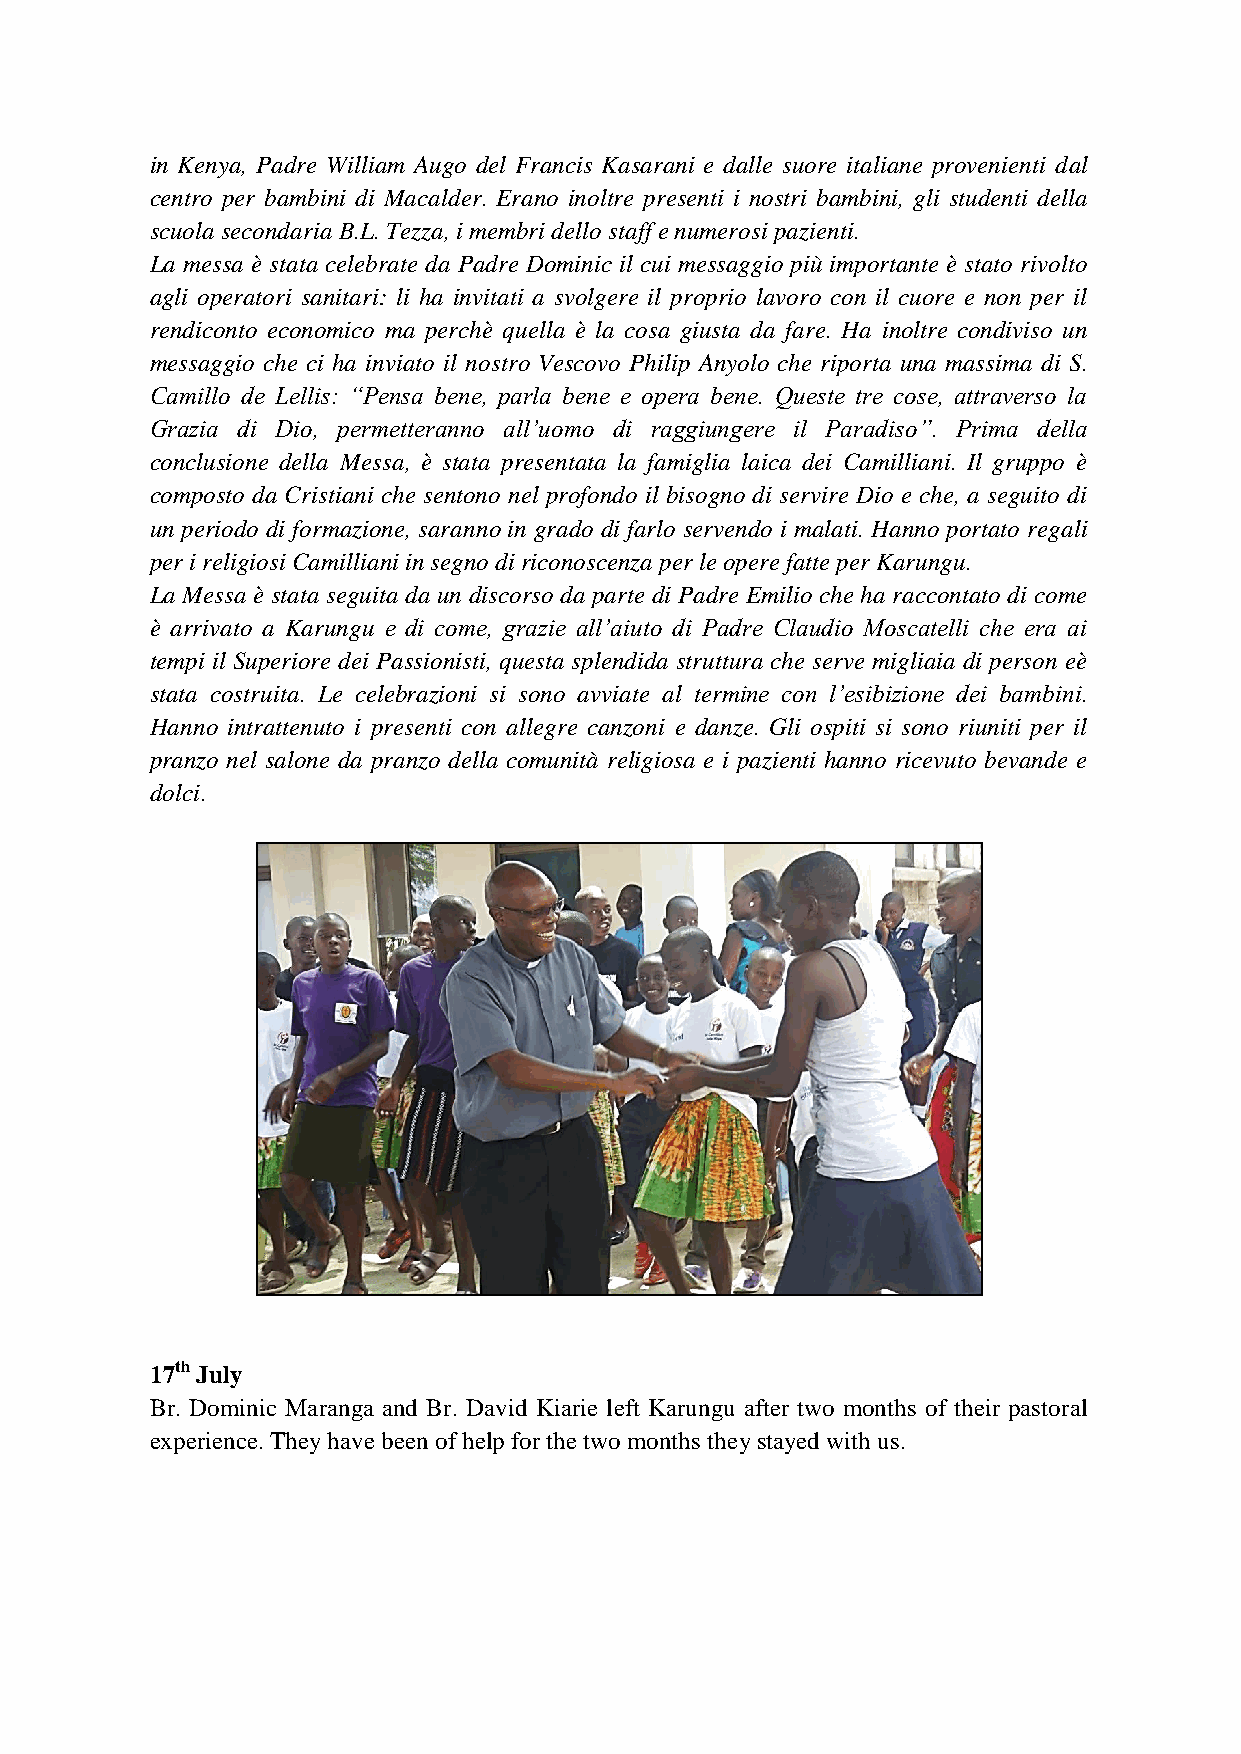
in Kenya, Padre William Augo del Francis Kasarani e dalle suore italiane provenienti dal
 centro per bambini di Macalder. Erano inoltre presenti i nostri bambini, gli studenti della
 scuola secondaria B.L. Tezza, i membri dello staff e numerosi pazienti.
 La messa è stata celebrate da Padre Dominic il cui messaggio più importante è stato rivolto
 agli operatori sanitari: li ha invitati a svolgere il proprio lavoro con il cuore e non per il
 rendiconto economico ma perchè quella è la cosa giusta da fare. Ha inoltre condiviso un
 messaggio che ci ha inviato il nostro Vescovo Philip Anyolo che riporta una massima di S.
 Camillo de Lellis: “Pensa bene, parla bene e opera bene. Queste tre cose, attraverso la
 Grazia di Dio, permetteranno all’uomo di raggiungere il Paradiso”. Prima della
 conclusione della Messa, è stata presentata la famiglia laica dei Camilliani. Il gruppo è
 composto da Cristiani che sentono nel profondo il bisogno di servire Dio e che, a seguito di
 un periodo di formazione, saranno in grado di farlo servendo i malati. Hanno portato regali
 per i religiosi Camilliani in segno di riconoscenza per le opere fatte per Karungu.
 La Messa è stata seguita da un discorso da parte di Padre Emilio che ha raccontato di come
 è arrivato a Karungu e di come, grazie all’aiuto di Padre Claudio Moscatelli che era ai
 tempi il Superiore dei Passionisti, questa splendida struttura che serve migliaia di person eè
 stata costruita. Le celebrazioni si sono avviate al termine con l’esibizione dei bambini.
 Hanno intrattenuto i presenti con allegre canzoni e danze. Gli ospiti si sono riuniti per il
 pranzo nel salone da pranzo della comunità religiosa e i pazienti hanno ricevuto bevande e
 dolci.
 17th July
 Br. Dominic Maranga and Br. David Kiarie left Karungu after two months of their pastoral
 experience. They have been of help for the two months they stayed with us.